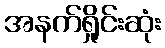
အနက်ရှိုင်းဆုံး